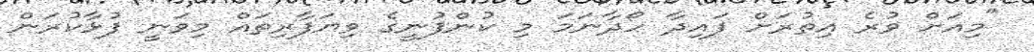
"މިއަށް ވުރެ އިތުރަށް ފައިދާ ހޯދާނަމަ މި ކުންފުނީގެ ވިޔަފާރިތައް މިވަނީ ފުޅާކުރަން